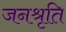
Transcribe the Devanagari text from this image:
जनश्रृति